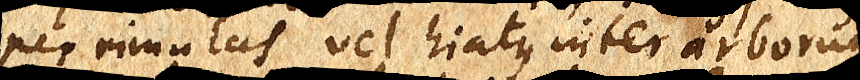
per rimulas, vel hiatus inter arborum